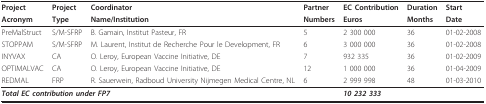
<table><thead><tr><td><b>Project</b></td><td><b>Project</b></td><td><b>Coordinator</b></td><td><b>Partner</b></td><td><b>EC Contribution</b></td><td><b>Duration</b></td><td><b>Start</b></td></tr><tr><td><b>Acronym</b></td><td><b>Type</b></td><td><b>Name/Institution</b></td><td><b>Numbers</b></td><td><b>Euros</b></td><td><b>Months</b></td><td><b>Date</b></td></tr></thead><tbody><tr><td>PreMalStruct</td><td>S/M-SFRP</td><td>B. Gamain, Institut Pasteur, FR</td><td>5</td><td>2 300 000</td><td>36</td><td>01-02-2008</td></tr><tr><td>STOPPAM</td><td>S/M-SFRP</td><td>M. Laurent, Institut de Recherche Pour le Development, FR</td><td>6</td><td>3 000 000</td><td>36</td><td>01-02-2008</td></tr><tr><td>INYVAX</td><td>CA</td><td>O. Leroy, European Vaccine Initiative, DE</td><td>7</td><td>932 335</td><td>36</td><td>01-02-2009</td></tr><tr><td>OPTIMALVAC</td><td>CA</td><td>O. Leroy, European Vaccine Initiative, DE</td><td>12</td><td>1 000 000</td><td>36</td><td>01-04-2009</td></tr><tr><td>REDMAL</td><td>FRP</td><td>R. Sauerwein, Radboud University Nijmegen Medical Centre, NL</td><td>6</td><td>2 999 998</td><td>48</td><td>01-03-2010</td></tr><tr><td colspan="3"><b><i>Total EC contribution under FP7</i></b></td><td></td><td><b><i>10 232 333</i></b></td><td></td><td></td></tr></tbody></table>